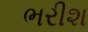
ભરીશ